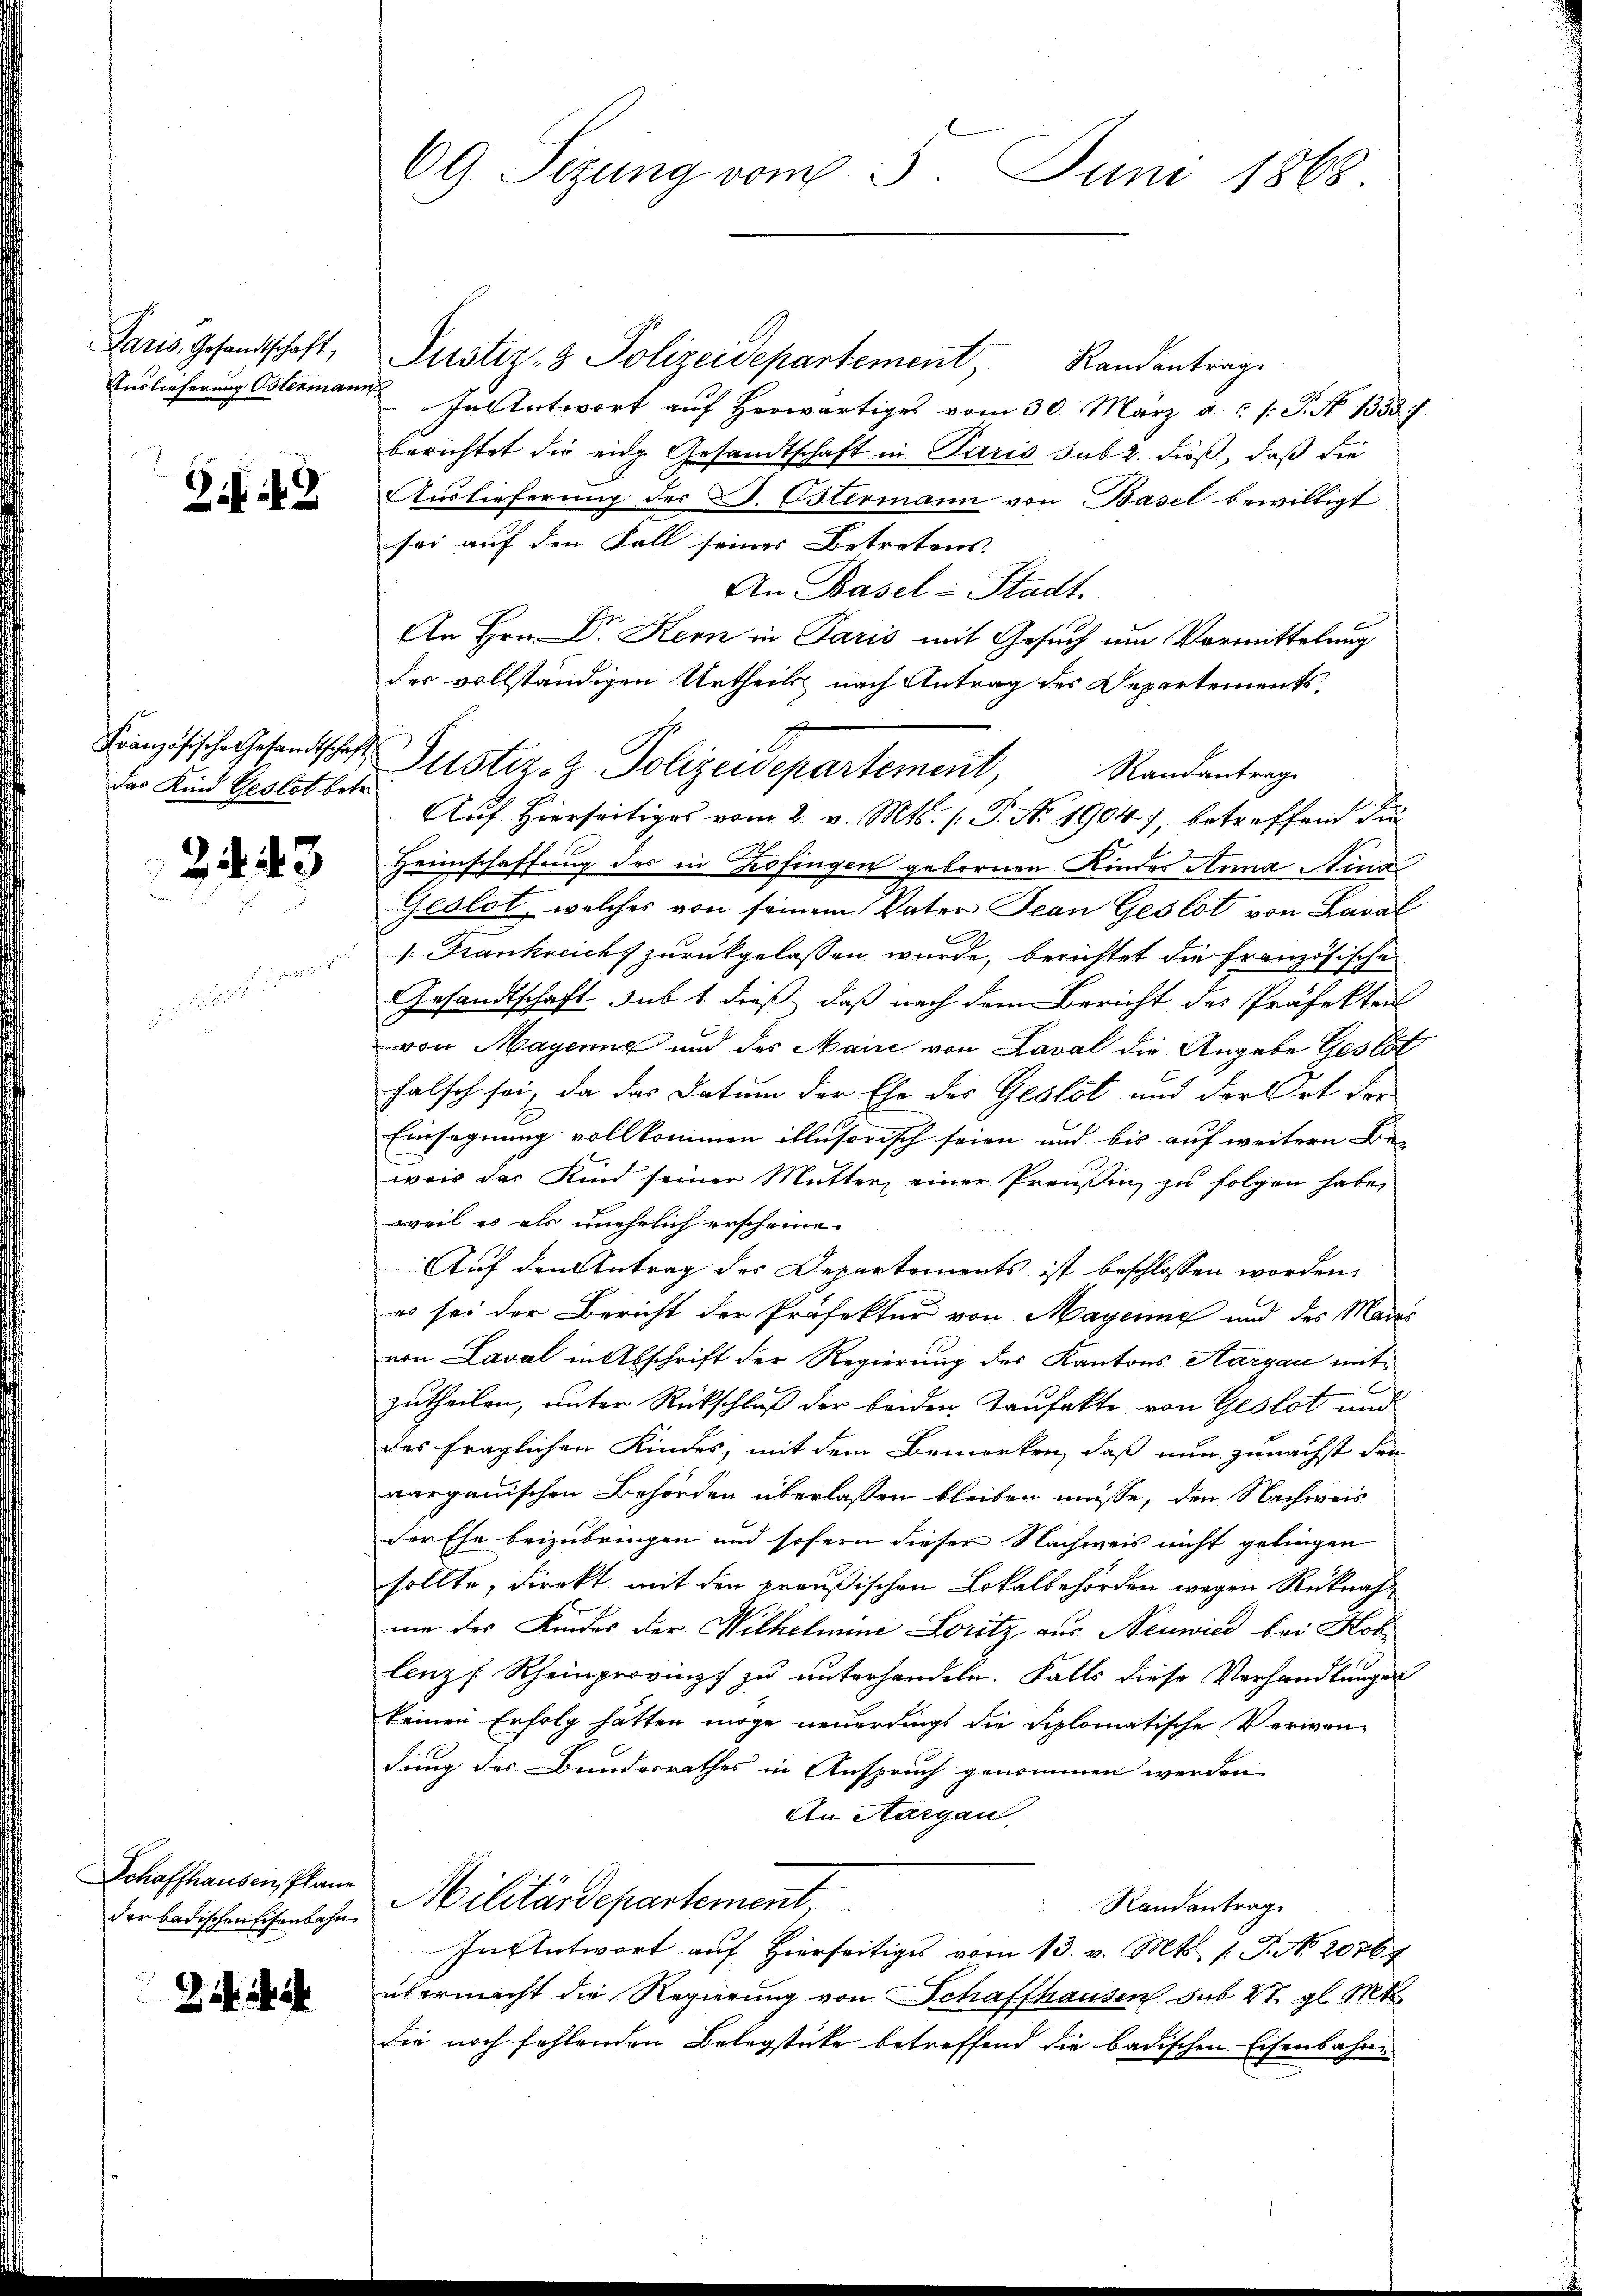
Paris, Gesandtschaft
Auslieferung Ostermann

Sifia

Französische Gesandtschaft
das Kind Geslos betr.

2443

Schaffhausen, Plane
der badischen Eisenbahn

69. Sitzung vom 3. Juni 1868

Justiz- & Polizeidepartement,
Randantrage
 In Antwort aŭf herwärtiges vom 30. März a.c. s. S. N. 1333)
berichtet die eidg. Gesandtschaft in Paris sub 2. dieß, daß die
Auslieferung des J. Ostermann von Basel bewilligt
sei auf den Fall seines Betretens
An Basel-Stadt
An Hrn. Dr Kern in Paris mit Gesuch um Vormittelung
des vollständigen Urtheils nach Antrag des Departements¬
Auf Hierseitiges vom 2. v. Mts. (T. No 1904), betreffend die
Heimschaffung des in Zofingen gebornen Kinders Anna Aina
jeslot, welches von seinem Vater Jean Geslot von Laval
v. Frankreich zurückgelassen wurde, berichtet die Französische
Gesandtschaft sub 1. dieß, daß nach dem Bericht des Präfekten
von Mayenne und des Maire von Laval die Angabe Gestat
falsch sei, da das Datum der Ehe des Geslot und der Ort der
Einsegnung vollkommen illusorisch seien und bis auf weitern Be-
wais das Kind seiner Mutter einer Preußin zu folgen habe,
weil es als unehelich erscheine.
Auf den Antrag des Departements ist beschlossen worden,
es sei der Bericht der Präfektor von Mayenne und des Mars
von Laval in Abschrift der Regierung des Kantons Aargau mit
zutheilen, unter Rückschluß der beiden Taufakte von Geslot und
des fraglichen Kindes, mit dem Bemerken, daß nun zunächst den
aargauischen Behörden überlassen bleiben müsse, den Nachweis
der Ehe beizubringen und sofern dieser Nachweis nicht gelingen
sollte, dienkt mit den preußischen Lokalbehörden wegen Rücknahmie der Kindes der Wilhelmine Loritz aus Neuwied bei Kob
lenz [ Rheinprovinz zu unterhandeln. Falls diese Verhandlungen
keinen Erfolg hatten möge neuerdings die Siplomatische Verwendung des Bundesrathes in Anspruch genommen werden
An Aargau
Militärdepartement
Randantrag
In Antwort auf Hierseitiges vom 13. v. Mts. (T. No. 2076
übermacht die Regierung von Schaffhausen sub 27. gl. Mts.
die noch fehlenden Belegstücke betreffend die badischen Eisenbahn¬

Justiz- & Polizeidepartement, Randantrage